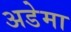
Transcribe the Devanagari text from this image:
अडेमा